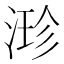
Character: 𣹗